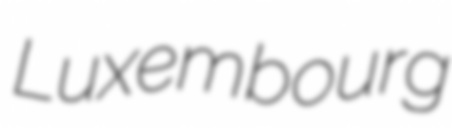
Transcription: Luxembourg